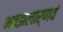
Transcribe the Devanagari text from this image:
भवझलार्णवं